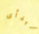
تبدأى